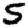
Digit: 5